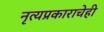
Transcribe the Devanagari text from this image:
नृत्यप्रकाराचेही